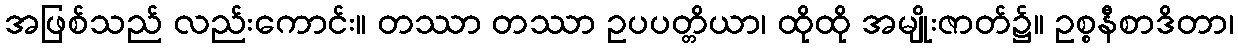
အဖြစ်သည် လည်းကောင်း။ တဿာ တဿာ ဥပပတ္တိယာ၊ ထိုထို အမျိုးဇာတ်၌။ ဥစ္စနီစာဒိတာ၊